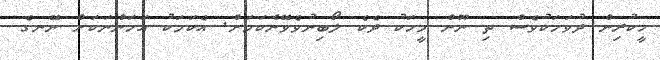
ހީކުރިން ދުވަހަކުވެސް ތި ނޫން މީހަކު ދެކެ ލޯބިނުވެވޭނެކަމަށް. އެކަމަކު އަހަންނަކަށް ނޭނގެ